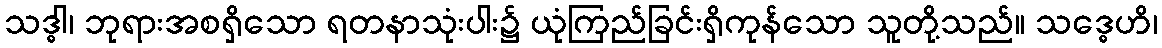
သဒ္ဓါ၊ ဘုရားအစရှိသော ရတနာသုံးပါး၌ ယုံကြည်ခြင်းရှိကုန်သော သူတို့သည်။ သဒ္ဓေဟိ၊